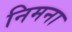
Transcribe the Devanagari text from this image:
निमना